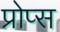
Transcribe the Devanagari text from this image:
प्रोप्स